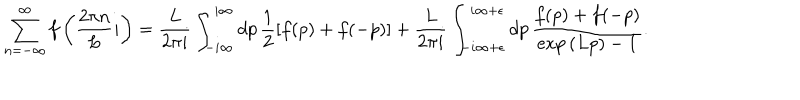
\displaystyle \sum _ { n = - \infty } ^ { \infty } f \left( \frac { 2 \pi n } { L } i \right) = \frac { L } { 2 \pi i } \int _ { - i \infty } ^ { i \infty } d p \, \frac { 1 } { 2 } \left[ f ( p ) + f ( - p ) \right] + \frac { L } { 2 \pi i } \int _ { - i \infty + \epsilon } ^ { i \infty + \epsilon } d p \, \frac { f ( p ) + f ( - p ) } { \exp { ( L p ) } - 1 } .